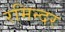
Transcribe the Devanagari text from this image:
रमिन्दर